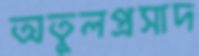
অতুলপ্রসাদ